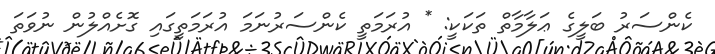
ކެންސަރު ބަލީގެ ޢަލާމާތް ތަކަކީ: * އުރަމަތީ ކެންސަރުނަމަ އުރަމަތީގައި ގޮށެއްލުން ނުވަތަ